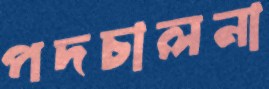
পদচালনা